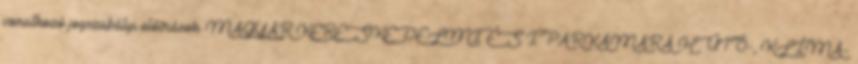
vonatkozó jogszabályi előírások. MAGYAR KERESKEDELMI ÉS IPARKAMARA HŰTŐ-, KLÍMA-